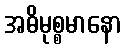
အဓိမုစ္စမာနော